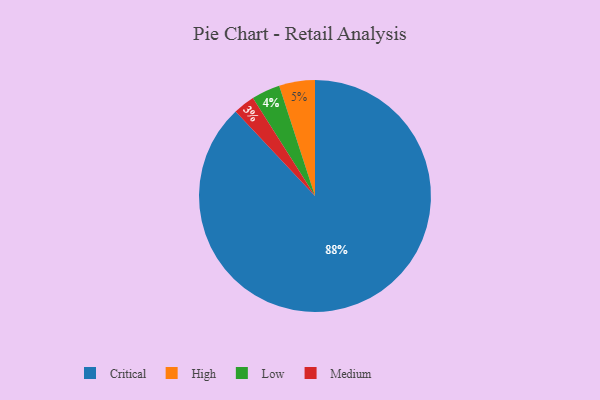
{"axis": {"x": "Category", "y": "Percentage"}, "legend": ["Critical", "High", "Low", "Medium"], "data": [{"x": "Medium", "y": 3, "type": "Medium"}, {"x": "Low", "y": 4, "type": "Low"}, {"x": "Critical", "y": 88, "type": "Critical"}, {"x": "High", "y": 5, "type": "High"}]}